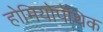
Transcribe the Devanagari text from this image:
होमियोपॅथिक